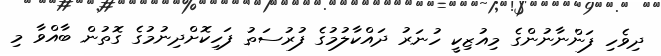
ދިވެހި ފަންނާނުންގެ މިއުޒިކީ ހުނަރު ދައްކާލުމުގެ ފުރުސަތު ފަހިކޮށްދިނުމުގެ ގޮތުން ބާއްވާ މި